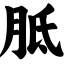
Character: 胝